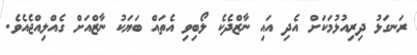
ރަނގަޅު ދިރިއުޅުމަކަށް އެދި އައި ނާޒްދެކެ ލޯބިވި އެތައް ބަޔަކު ނާޒްއަށް ގެއްލިއްޖެއެވެ.